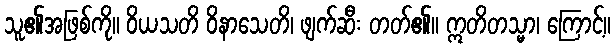
သူ၏အဖြစ်ကို။ ဝိယသတိ ဝိနာသေတိ၊ ဖျက်ဆီး တတ်၏။ ဣတိတသ္မာ၊ ကြောင့်။